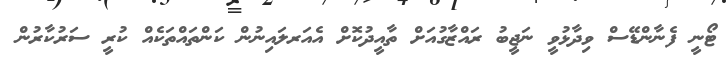
ޓޯނީ ފެނާންޑޭސް ވިދާޅުވީ ނަޖީބު ރައްޒާގުއަށް ތާއީދުކޮށް އެއަރލައިނުން ކަންތައްތަކެއް ކުރީ ސަރުކާރުން